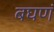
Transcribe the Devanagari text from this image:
बघणं